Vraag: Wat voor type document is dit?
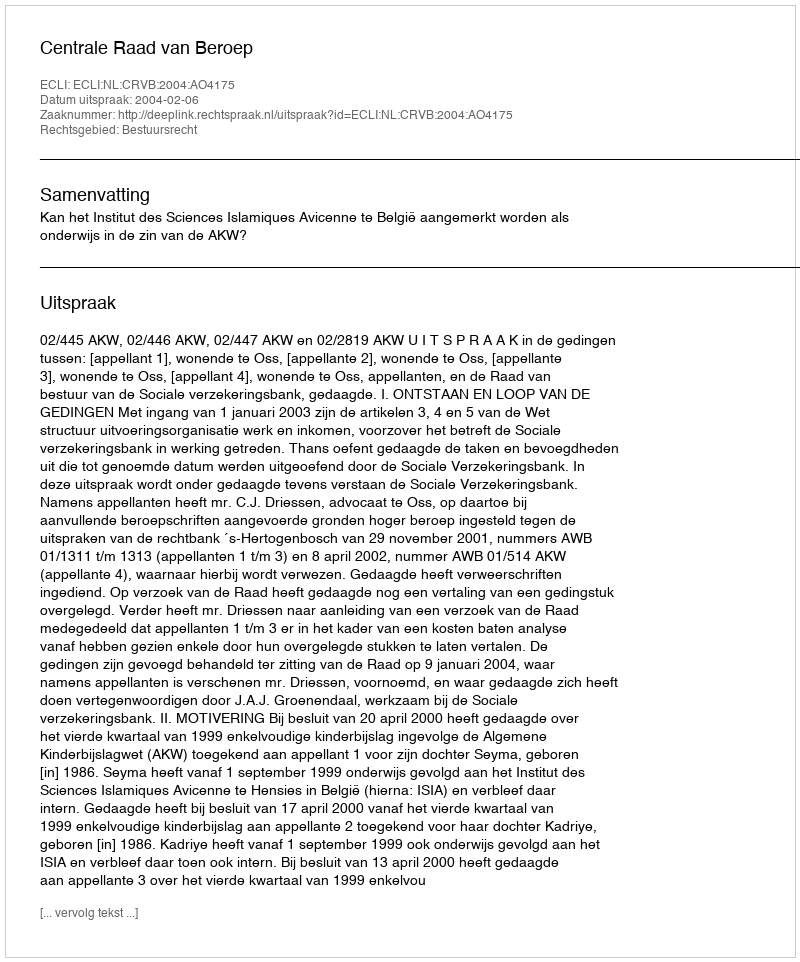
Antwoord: Uitspraak